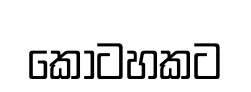
කොටහකට